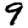
Digit: 9